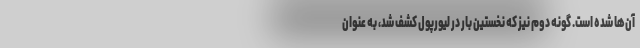
آن‌ها شده است. گونه دوم نیز که نخستین بار در لیورپول کشف شد، به عنوان